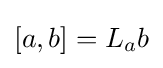
[a,b]=L_{a}b